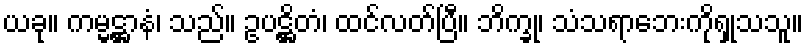
ယခု။ ကမ္မဋ္ဌာနံ၊ သည်။ ဥပဋ္ဌိတံ၊ ထင်လတ်ပြီ။ ဘိက္ခု၊ သံသရာဘေးကိုရှုသသူ။